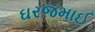
ઘરજમાઈ